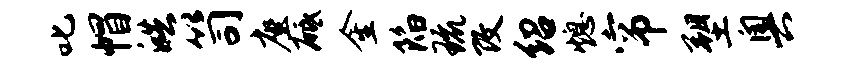
叱帽皓笥座砥金陷琉改绍熄帘塑奥